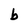
Character: b